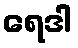
ရေဒါ